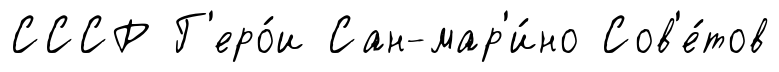
СССР Г'еро́и Сан-мар'и́но Сов'е́тов